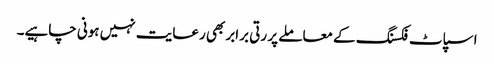
اسپاٹ فکسنگ کے معاملے پر رتی برابر بھی رعایت نہیں ہونی چاہیے۔